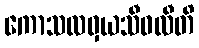
ကောသလဝှယသီဝလီတိ